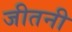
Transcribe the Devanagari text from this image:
जीतनी